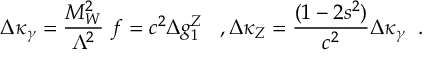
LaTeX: \Delta \kappa _ { \gamma } = \frac { M _ { W } ^ { 2 } } { \Lambda ^ { 2 } } ~ f = c ^ { 2 } \Delta g _ { 1 } ^ { Z } \; \; \; , \Delta \kappa _ { Z } = \frac { ( 1 - 2 s ^ { 2 } ) } { c ^ { 2 } } \Delta \kappa _ { \gamma } \; \; .